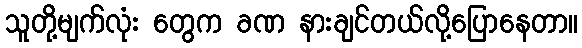
သူတို့မျက်လုံး တွေက ခဏ နားချင်တယ်လို့ပြောနေတာ။